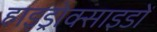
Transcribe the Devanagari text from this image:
हाइड्रोक्साइडों